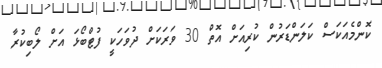
ކޮންމެއަކަސް ކަލަންޑަރުން ކުރިއަށް އޮތް 30 ވަރަކަށް ދުވަހަކީ ފުޓްބޯޅަ އަށް ލޯބިކުރާ